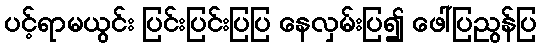
ပင့်ရာမယွင်း ပြင်းပြင်းပြပြ နေလှမ်းပြ၍ ဖေါ်ပြညွန်ပြ